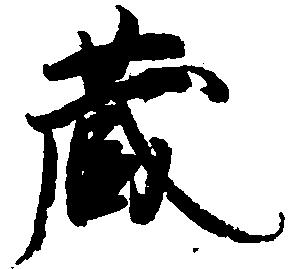
蔵